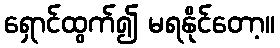
ရှောင်ထွက်၍ မရနိုင်တော့။